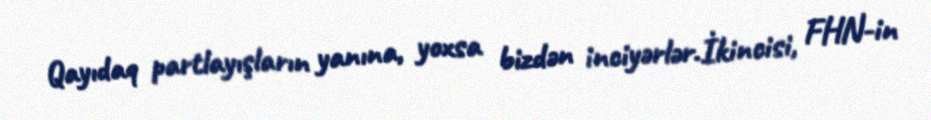
Qayıdaq partlayışların yanına, yoxsa bizdən inciyərlər.İkincisi, FHN-in